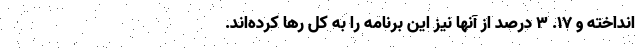
انداخته و 17. 3 درصد از آنها نیز این برنامه را به کل رها کرده‌اند.